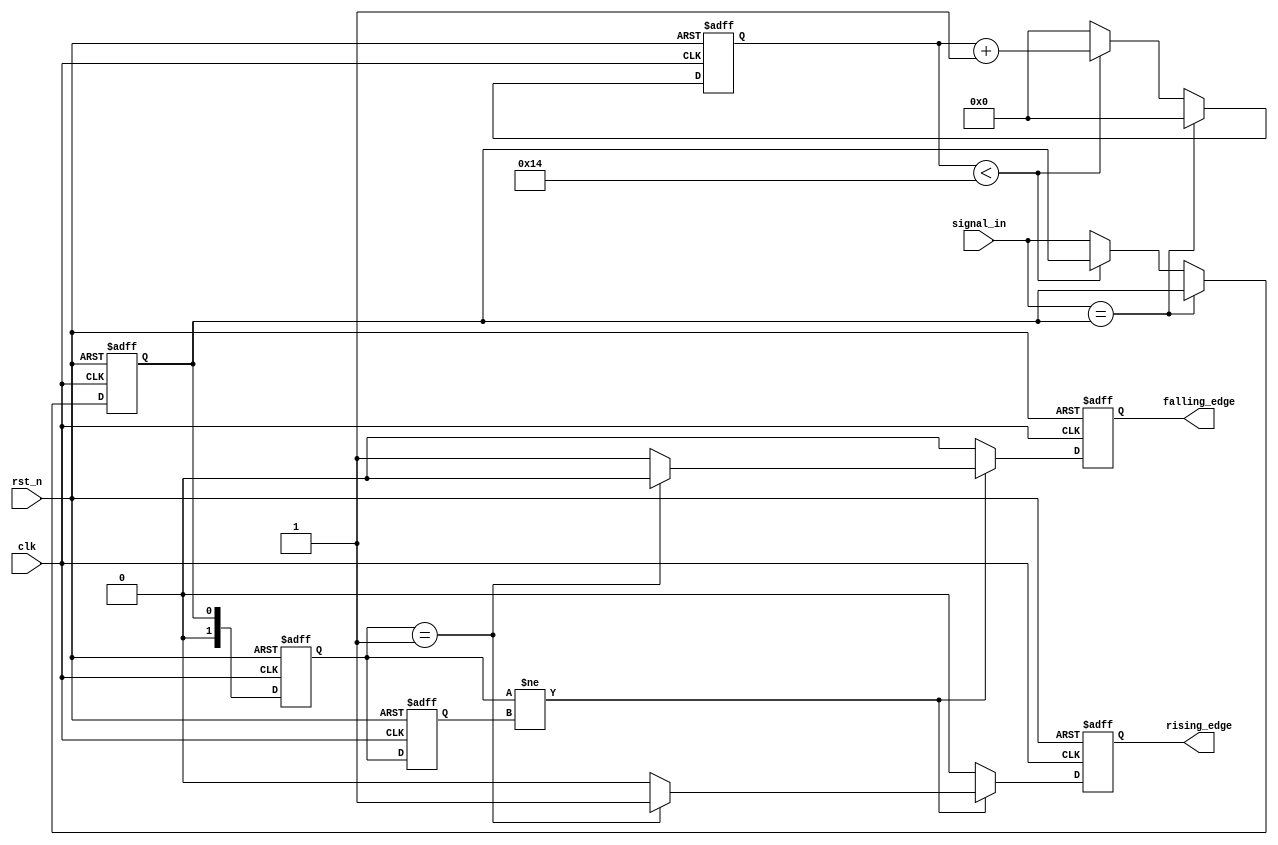
module DebouncedEdgeDetector (
    input wire clk,               // Clock input
    input wire rst_n,             // Active low reset
    input wire signal_in,         // Input signal (from switch/button)
    output reg rising_edge,       // Output signal for rising edge detection
    output reg falling_edge       // Output signal for falling edge detection
);

    // Parameters for debounce timing
    parameter DEBOUNCE_TIME = 20; // Number of clock cycles for debounce

    // State variables
    reg [1:0] current_state;       // Current state of the debounced input
    reg [1:0] previous_state;      // Previous state of the debounced input
    reg [4:0] debounce_counter;    // Counter for debouncing
    reg stable_signal;              // Stable version of the input signal

    // State encoding
    localparam LOW = 1'b0;
    localparam HIGH = 1'b1;

    // Debouncing logic
    always @(posedge clk or negedge rst_n) begin
        if (!rst_n) begin
            debounce_counter <= 0;
            stable_signal <= LOW;
            current_state <= LOW;
            previous_state <= LOW;
            rising_edge <= 0;
            falling_edge <= 0;
        end else begin
            // Check if the input signal is stable
            if (signal_in == stable_signal) begin
                debounce_counter <= 0; // Reset counter if stable
            end else begin
                if (debounce_counter < DEBOUNCE_TIME) begin
                    debounce_counter <= debounce_counter + 1; // Increment counter
                end else begin
                    stable_signal <= signal_in; // Update stable signal
                    debounce_counter <= 0; // Reset counter
                end
            end
            
            // Update current state
            current_state <= stable_signal;

            // Edge detection logic
            if (current_state != previous_state) begin
                if (current_state == HIGH) begin
                    rising_edge <= 1; // Rising edge detected
                    falling_edge <= 0;
                end else begin
                    falling_edge <= 1; // Falling edge detected
                    rising_edge <= 0;
                end
            end else begin
                rising_edge <= 0; // No edge detected
                falling_edge <= 0;
            end
            
            // Update previous state
            previous_state <= current_state;
        end
    end

endmodule